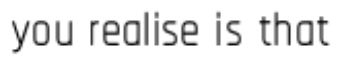
you realise is that